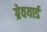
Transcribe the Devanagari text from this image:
ग्रेवयार्ड